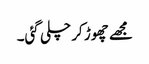
مجھے چھوڑ کر چلی گئی۔